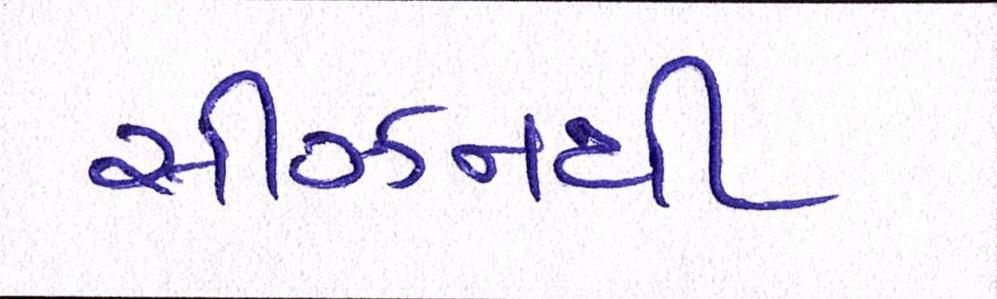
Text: સીઝનથી